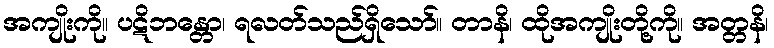
အကျိုးကို။ ပဋိဘန္တော၊ ရလတ်သည်ရှိသော်။ တာနိ၊ ထိုအကျိုးတို့ကို။ အတ္တနိ၊